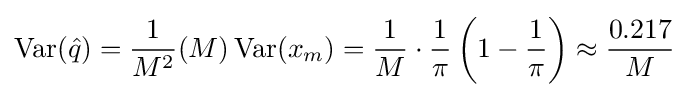
\operatorname {Var} ({\hat {q}})={\frac {1}{M^{2}}}(M)\operatorname {Var} (x_{m})={\frac {1}{M}}\cdot {\frac {1}{\pi }}\left(1-{\frac {1}{\pi }}\right)\approx {\frac {0.217}{M}}